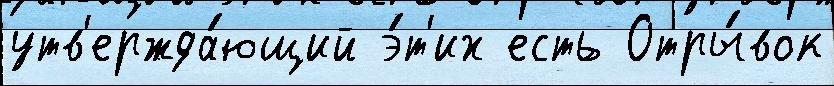
утв'ержда́ющий э́т'их есть Отры́вок